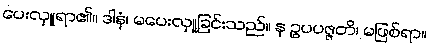
ပေးလှူရာ၏။ ဒါနံ၊ မပေးလှူခြင်းသည်။ န ဥပပဇ္ဇတိ၊ မဖြစ်ရာ။